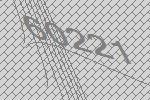
60221